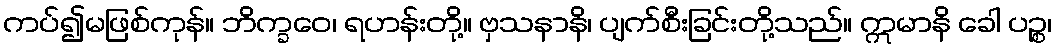
ကပ်၍မဖြစ်ကုန်။ ဘိက္ခဝေ၊ ရဟန်းတို့။ ဗှသနာနိ၊ ပျက်စီးခြင်းတို့သည်။ ဣမာနိ ခေါ ပဉ္စ၊